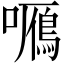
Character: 𡃌